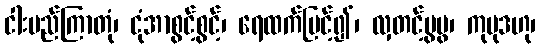
ငါးမည်ကြာတုံ၊ ငုံအာစွင့်စွင့်၊ ရေထက်မြင့်၍၊ လှတင့်ပွပွ၊ ကုမုဒဟု၊